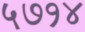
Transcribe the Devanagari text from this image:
५७१४